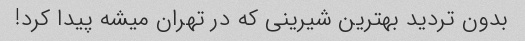
بدون تردید بهترین شیرینى که در تهران میشه پیدا کرد!